Annual report of the Madras Medical College
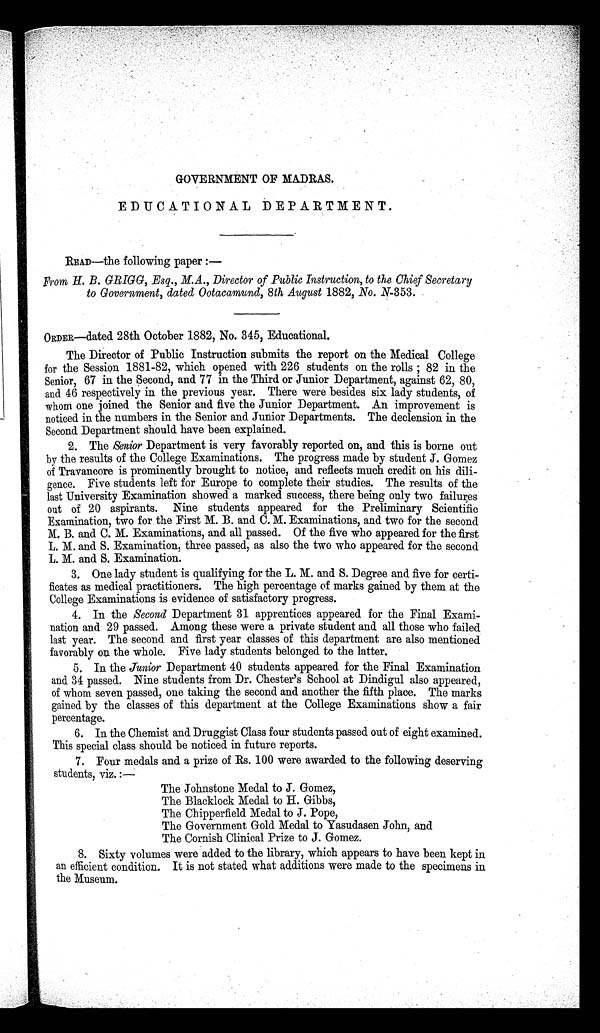
GOVERNMENT OF MADRAS.
EDUCATIONAL DEPARTMENT.
READ—the following paper:—
From H. B. GRIGG, Esq., MA., Director of Public Instruction, to the Chief Secretary
to Government, dated Ootacamund, 8th August 1882, No. N-353.
ORDER—dated 28th October 1882, No. 345, Educational.
The Director of Public Instruction submits the report on the Medical College
for the Session 1881-82, which opened with 226 students on the rolls; 82 in the
Senior, 67 in the Second, and 77 in the Third or Junior Department, against 62, 80,
and 46 respectively in the previous year. There were besides six lady students, of
whom one joined the Senior and five the Junior Department. An improvement is
noticed in the numbers in the Senior and Junior Departments. The declension in the
Second Department should have been explained.
2. The Senior Department is very favorably reported on, and this is borne out
by the results of the College Examinations. The progress made by student J. Gomez
of Travancore is prominently brought to notice, and reflects much credit on his dili
- g e n c e . F i v e s t u d e n t s l e f t f o r E u r o p e t o c o m p l e t e t h e i r s t u d i e s . T h e r e s u l t s o f t h e
last University Examination showed a marked success, there being only two failures
out of 20 aspirants. Nine students appeared for the Preliminary Scientific
Examination, two for the First M. B. and C. M. Examinations, and two for the second
M. B. and C. M. Examinations, and all passed. Of the five who appeared for the first
L. M. and S. Examination, three passed, as also the two who appeared for the second
L. M. and S. Examination.
3. One lady student is qualifying for the L. M. and S. Degree and five for certi-
ficates as medical practitioners. The high percentage of marks gained by them at the
College Examinations is evidence of satisfactory progress.
4. In the Second Department 31 apprentices appeared for the Final Exami-
'
nation and 29 passed. Among these were a private student and all those who failed
-
last year. The second and first year classes of this department are also mentioned
favorably on the whole. Five lady students belonged to the latter.
5. In the Junior Department 40 students appeared for the Final Examination
and 34 passed. Nine students from Dr. Chester's School at Dindigul also appeared,
of whom seven passed, one taking the second and another the fifth place. The marks
gained by the classes of this department at the College Examinations show a fair
percentage.
6. In the Chemist and Druggist Class four students passed out of eight examined.
This special class should be noticed in future reports.
7. Four medals and a prize of Rs. 100 were awarded to the following deserving
students, viz. :—
The Johnstone Medal to J. Gomez,
The Blacklock Medal to H. Gibbs,
The Chipperfield Medal to J. Pope,
The Government Gold Medal to Yasudasen John, and
The Cornish Clinical Prize to J. Gomez.
8. Sixty volumes were added to the library, which appears to have been kept in
an efficient condition. It is not stated what additions were made to the specimens in
the Museum.